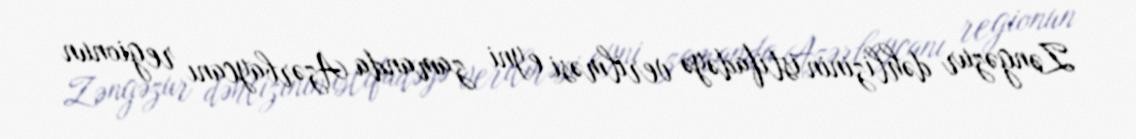
Zəngəzur dəhlizinin istifadəyə verilməsi eyni zamanda Azərbaycanı regionun